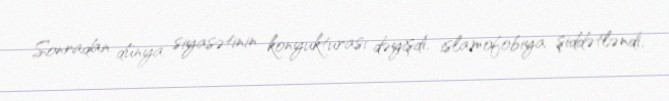
Sonradan dünya siyasətinin konyukturası dəyişdi, islamofobiya şiddətləndi,